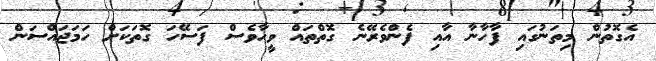
އެގޮތުން މިތަނުގައި ފާހާނާ އާއި ފެންވެރޭނެ ގޮތްތައް ވީހާވެސް ފަސޭހަ ގޮތަކަށް ހަމަޖައްސަން